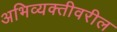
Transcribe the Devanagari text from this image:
अभिव्यक्तीवरील